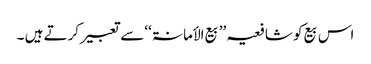
اس بیع کو شافعیہ ’’بیع الأمانۃ ‘‘سے تعبیر کرتے ہیں ۔